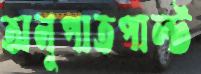
অনুপাতপাল্ট